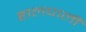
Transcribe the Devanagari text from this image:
हालचालीं